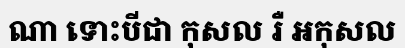
ណា ទោះបីជា កុសល រឺ អកុសល